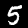
Digit: 5